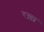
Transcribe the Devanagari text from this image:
रख़ा